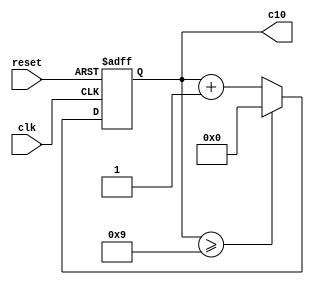
module counter10(
    input clk,
	 input reset,
    output reg [3:0] c10
    );
	 
	 always @ (negedge clk, posedge reset) begin
		if(reset) c10 <= 4'b0000;
		else begin
			if(c10 >= 4'b1001) c10 <= 4'b0000;
			else c10 <= c10+1;
			end
		end


endmodule